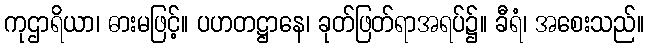
ကုဌာရိယာ၊ ဓားမဖြင့်။ ပဟတဋ္ဌာနေ၊ ခုတ်ဖြတ်ရာအရပ်၌။ ခီရံ၊ အစေးသည်။